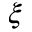
\xi